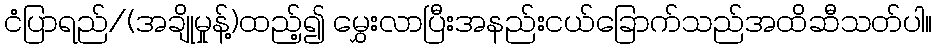
ငံပြာရည်/(အချိုမှုန့်)ထည့်၍ မွှေးလာပြီးအနည်းငယ်ခြောက်သည်အထိဆီသတ်ပါ။